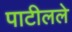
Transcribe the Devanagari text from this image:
पाटीलले